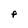
Character: F